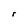
Character: r